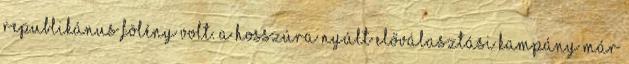
republikánus fölény volt. A hosszúra nyúlt előválasztási kampány már